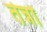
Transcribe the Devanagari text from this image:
तेन्नो